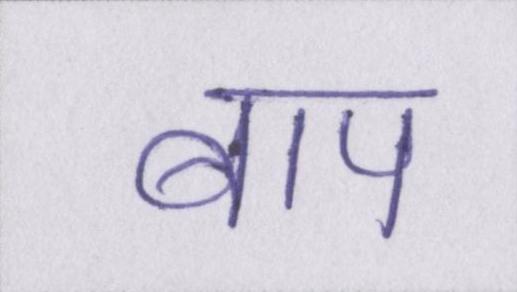
बाप